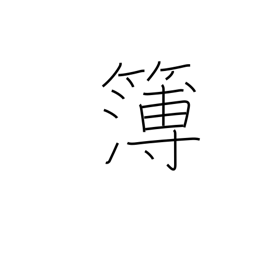
Meaning: record book